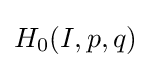
H_{0}(I,p,q)